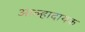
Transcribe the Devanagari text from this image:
आल्हादायक